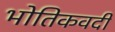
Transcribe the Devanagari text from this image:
भोतिकवदी